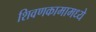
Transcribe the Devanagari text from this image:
शिवणकामामध्ये